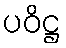
ပဝိဋ္ဌ